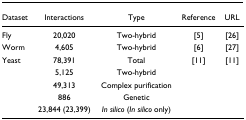
<table><thead><tr><td><b>Dataset</b></td><td><b>Interactions</b></td><td><b>Type</b></td><td><b>Reference</b></td><td><b>URL</b></td></tr></thead><tbody><tr><td>Fly</td><td>20,020</td><td>Two-hybrid</td><td>[5]</td><td>[26]</td></tr><tr><td>Worm</td><td>4,605</td><td>Two-hybrid</td><td>[6]</td><td>[27]</td></tr><tr><td>Yeast</td><td>78,391</td><td>Total</td><td>[11]</td><td>[11]</td></tr><tr><td></td><td>5,125</td><td>Two-hybrid</td><td></td><td></td></tr><tr><td></td><td>49,313</td><td>Complex purification</td><td></td><td></td></tr><tr><td></td><td>886</td><td>Genetic</td><td></td><td></td></tr><tr><td></td><td>23,844 (23,399)</td><td><i>In silico </i>(<i>In silico </i>only)</td><td></td><td></td></tr></tbody></table>